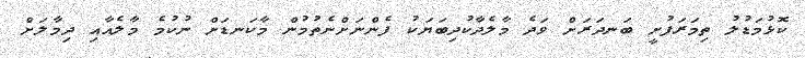
ކޮޅުމަޑުލު ތިމަރަފުށީ ބަނދަރަށް ވަދެ މާލެދާކުދިބަޔަކު ފެންނަށްނެތުމުން މާކަނޑަށް ނުކުމެ މާލެއާއި ދިމާލަށް